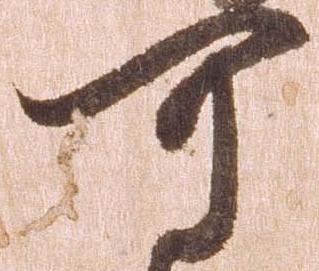
可